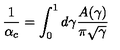
{ \frac { 1 } { \alpha _ { c } } } = \int _ { 0 } ^ { 1 } d \gamma { \frac { A ( \gamma ) } { \pi \sqrt \gamma } }